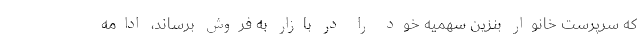
که سرپرست خانوار بنزین سهمیه خود را در بازار به فروش برساند، ادامه